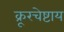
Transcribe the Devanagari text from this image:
क्रूरचेष्टाय